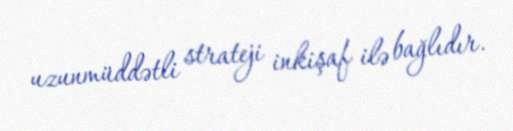
uzunmüddətli strateji inkişaf ilə bağlıdır.